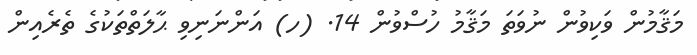
މަޤާމުން ވަކިވުން ނުވަތަ މަޤާމު ހުސްވުން 14. (ހ) އަންނަނިވި ޙާލަތްތަކުގެ ތެރެއިން